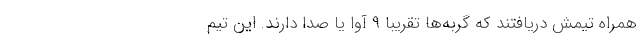
همراه تیمش دریافتند که گربه‌ها تقریباً ۹ آوا یا صدا دارند. این تیم